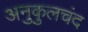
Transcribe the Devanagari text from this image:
अनुकुलचंद